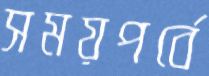
সময়পর্বে